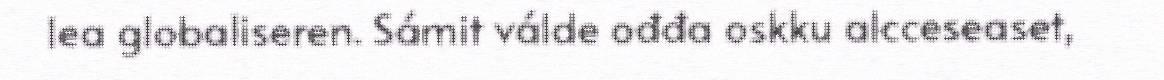
lea globaliseren. Sámit válde ođđa oskku alcceseaset,